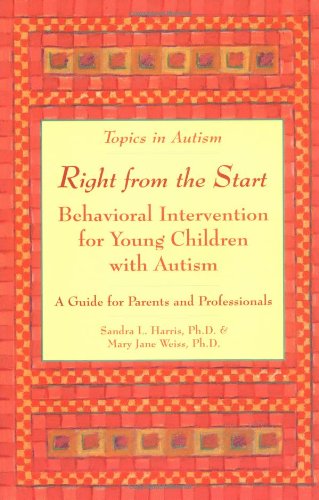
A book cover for Right from the Start: Behavioral Intervention for Young Children with Autism (Topics in Autism); Sandra L., PH.D . Harris; Health, Fitness & Dieting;